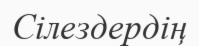
Сілездердің